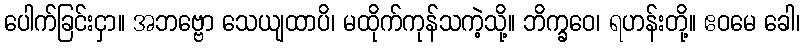
ပေါက်ခြင်းငှာ။ အဘဗ္ဗော သေယျထာပိ၊ မထိုက်ကုန်သကဲ့သို့။ ဘိက္ခဝေ၊ ရဟန်းတို့။ ဧဝမေ ခေါ၊